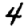
Digit: 4